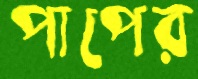
পাপের